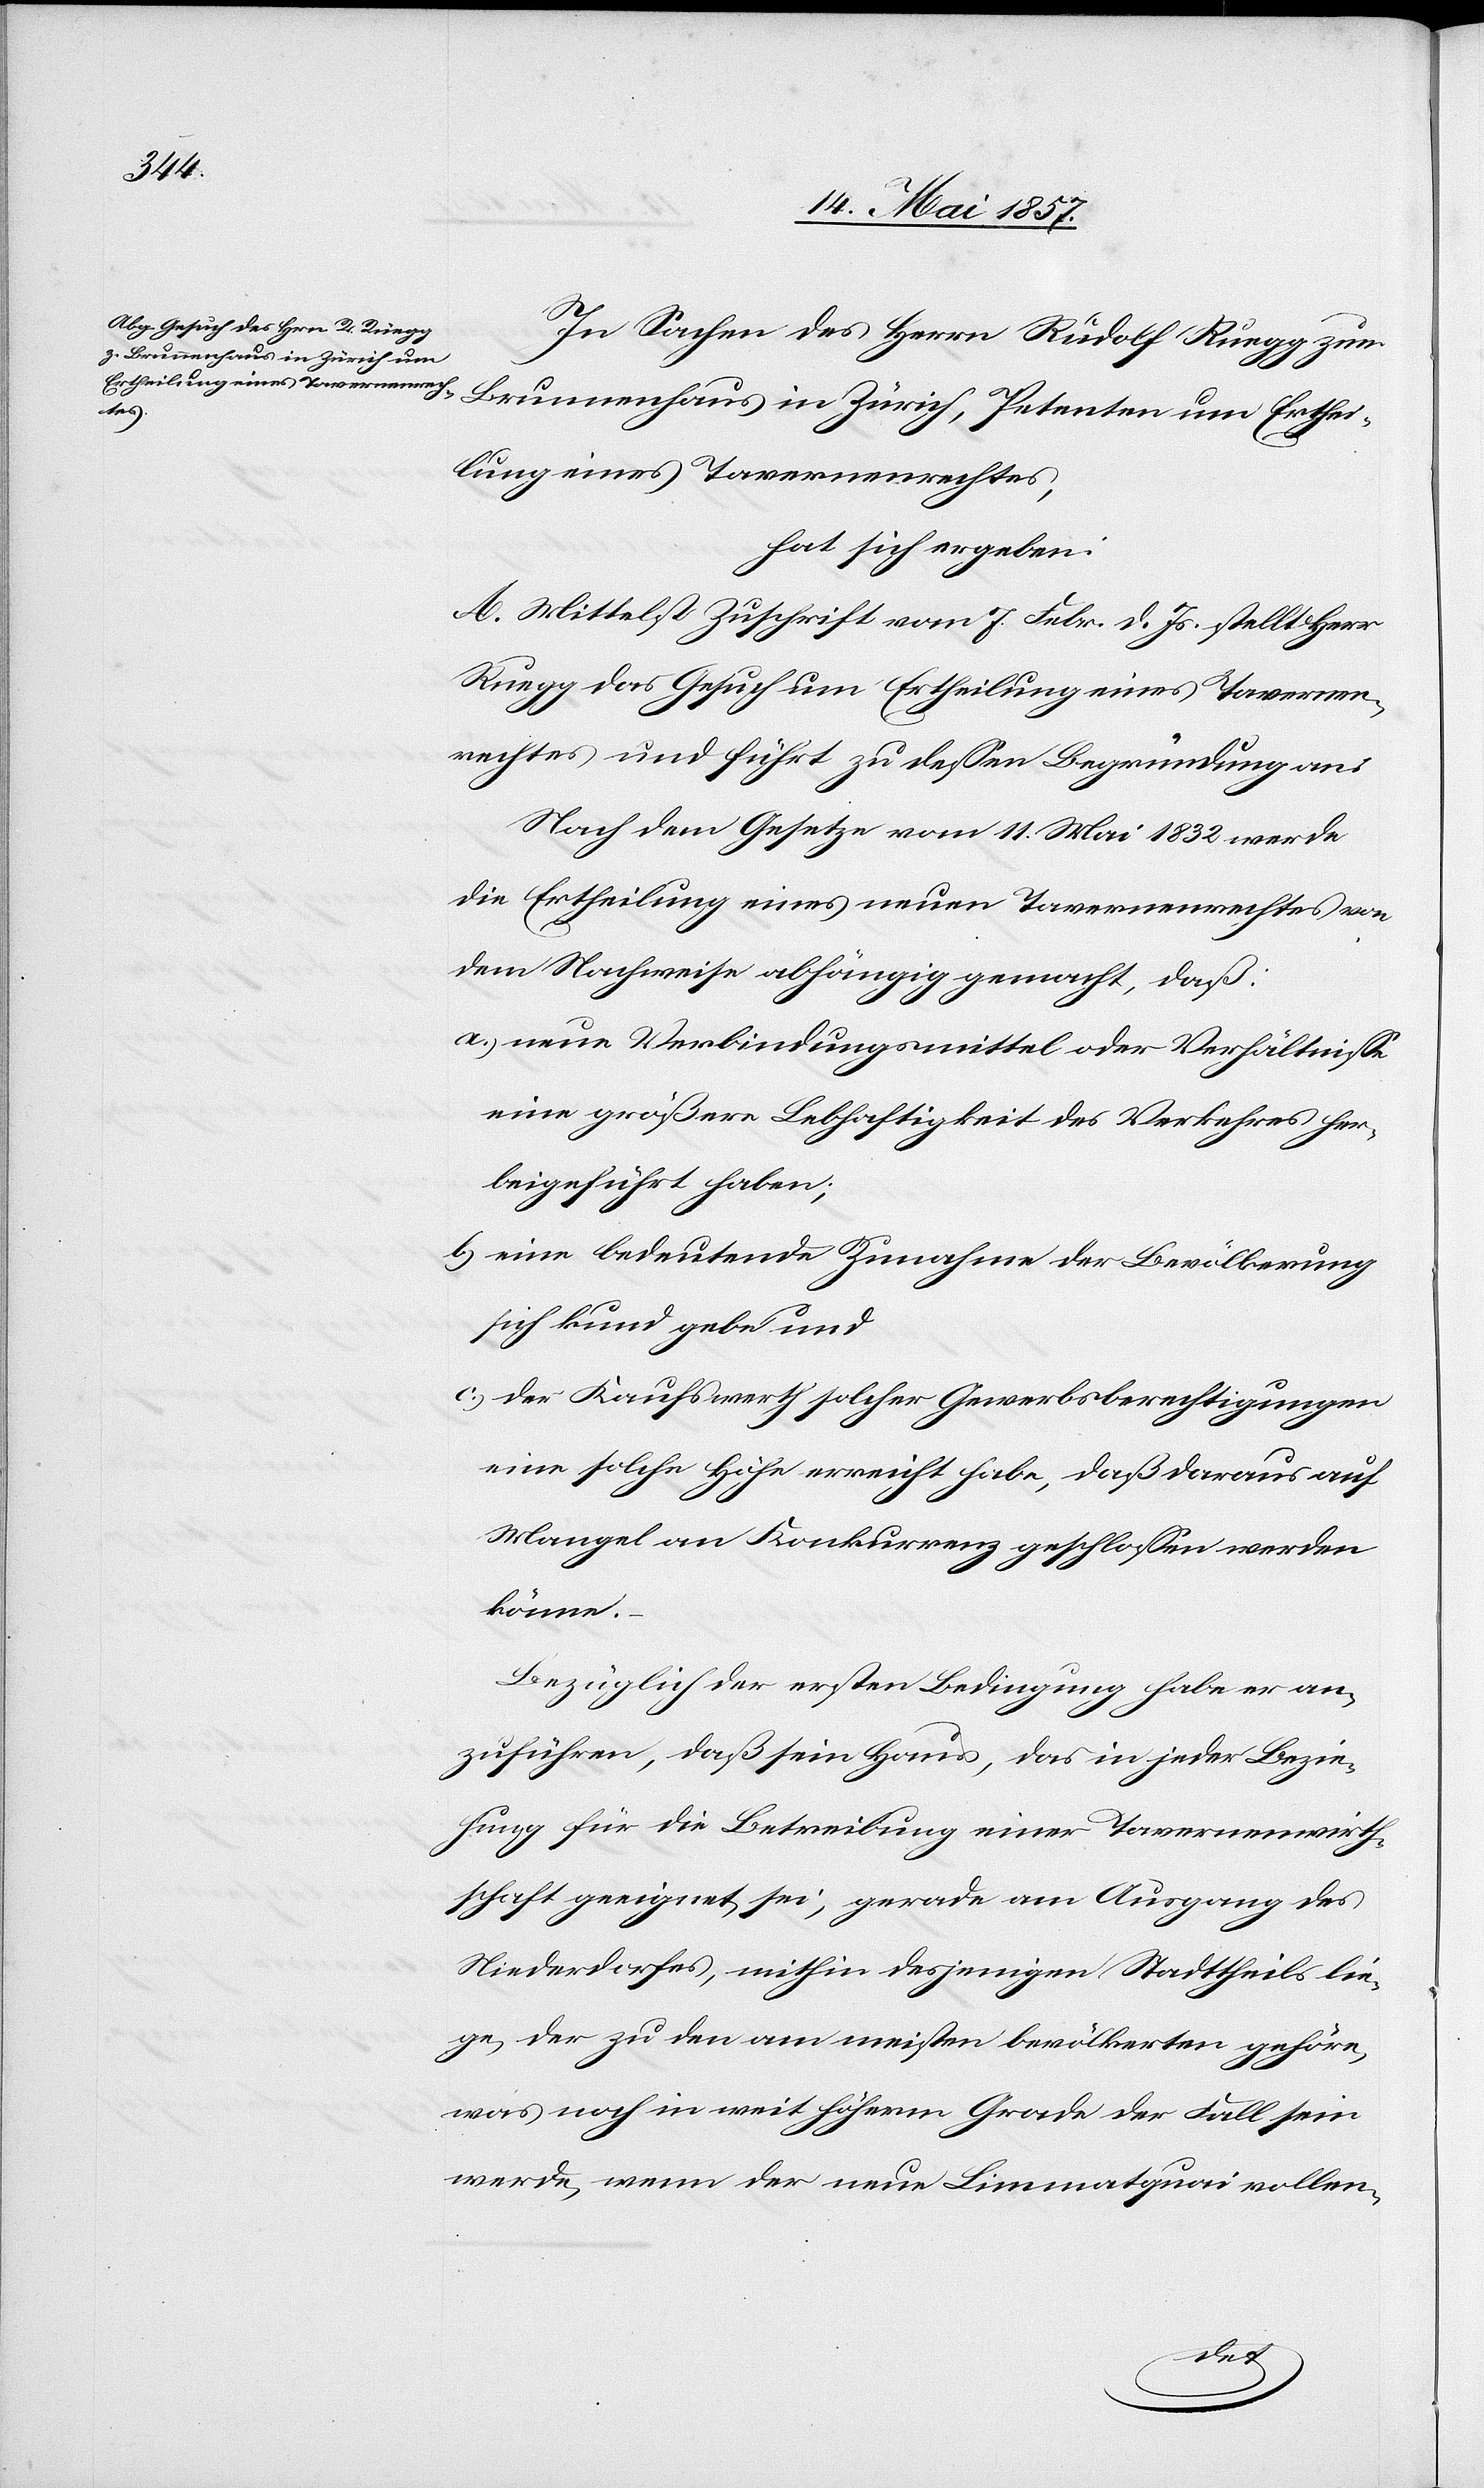
In Sachen des Herrn Rudolf Ruegg zum
Brunnenhaus in Zürich, Petenten um Erthei¬
lung eines Tavernenrechtes,
hat sich ergeben:
A. Mittelst Zuschrift vom 7 Febr. d. Js. stellt Herr
Ruegg das Gesuch um Ertheilung eines Tavernen¬
rechtes und führt zu dessen Begründung an:
Nach dem Gesetze vom 11 Mai 1832 werde
die Ertheilung eines neuen Tavernenrechtes von
dem Nachweise abhängig gemacht, daß:
a.) neue Verbindungsmittel oder Verhältnisse
eine größere Lebhaftigkeit des Verkehres her¬
beigeführt haben;
b.) eine bedeutende Zunahme der Bevölkerung
sich kund gebe und
c.) der Kaufswerth solcher Gewerbsberechtigungen
eine solche Höhe erreicht habe, daß daraus auf
Mangel an Konkurrenz geschlossen werden
könne.
Bezüglich der ersten Bedingung habe er an¬
zuführen, daß sein Haus, das in jeder Bezie¬
hung für die Betreibung einer Tavernenwirth¬
schaft geeignet sei, gerade am Ausgang des
Niederdorfes, mithin desjenigen Stadttheils lie¬
ge der zu den am meisten bevölkerten gehöre,
was noch in weit höherm Grade der Fall sein
werde, wenn der neue Limmatquai vollen-